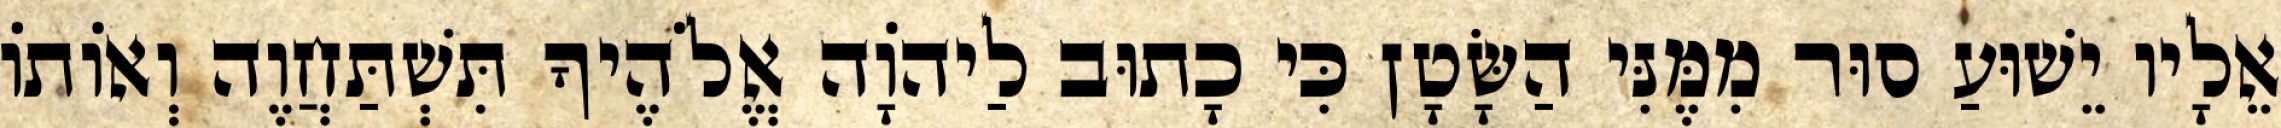
אֵלָיו יֵשׁוּעַ סוּר מִמֶּנִּי הַשָּׂטָן כִּי כָתוּב לַיהוָֹה אֱלֹהֶיךָ תִּשְׁתַּחֲוֶה וְאוֹתוֹ